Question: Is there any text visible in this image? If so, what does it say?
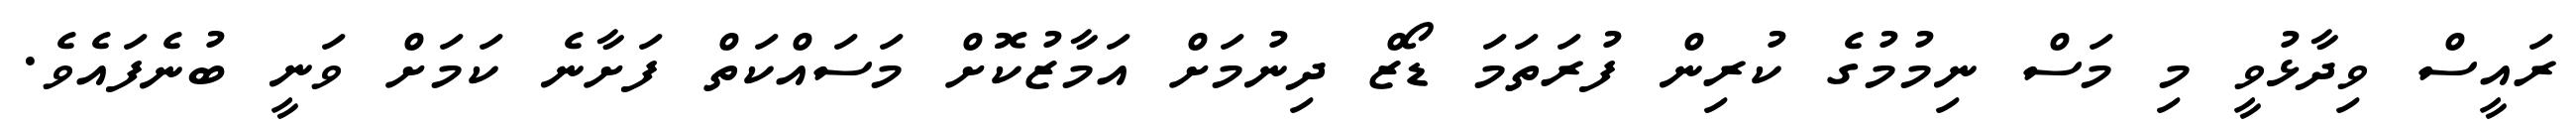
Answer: ރައީސް ވިދާޅުވީ މި މަސް ނިމުމުގެ ކުރިން ފުރަތަމަ ޑޯޒް ދިނުމަށް އަމާޒުކޮށް މަސައްކަތް ފަށާނެ ކަމަށް ވަނީ ބުނެފައެވެ.